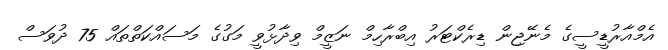
އެމްއާރުޑީސީގެ މެނޭޖިން ޑިރެކްޓަރު އިބްރާހިމް ނަޒީމް ވިދާޅުވީ މަގުގެ މަސައްކަތްތައް 75 ދުވަސް